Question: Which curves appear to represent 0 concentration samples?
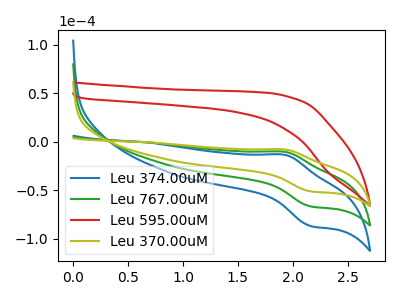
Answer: <think>The blue curve "Leu 374.00uM" has an anodic peak at (1.95V, -20.45uA) and a cathodic peak at (2.15V, -132.95uA). The green curve "Leu 767.00uM" has an anodic peak at (1.95V, -10.20uA) and a cathodic peak at (2.15V, -66.50uA). The red curve "Leu 595.00uM" has no peaks. The olive curve "Leu 370.00uM" has an anodic peak at (1.95V, -7.85uA) and a cathodic peak at (2.15V, -50.95uA).</think>
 <answer>"Leu 595.00uM" is likely to be a blank.</answer>
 <eval>Leu 595.00uM</eval>